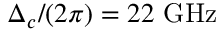
\Delta _ { c } / ( 2 \pi ) = 2 2 ~ \mathrm { G H z }